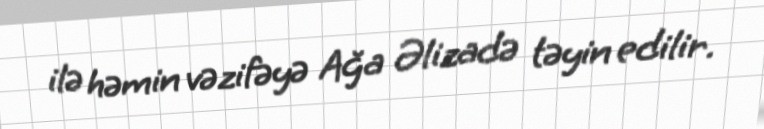
ilə həmin vəzifəyə Ağa Əlizadə təyin edilir.